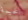
الخيمة